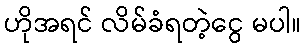
ဟိုအရင် လိမ်ခံရတဲ့ငွေ မပါ။